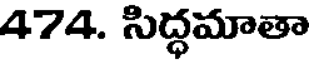
474. సిద్ధమాతా